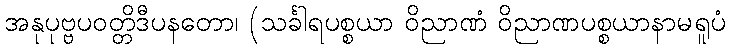
အနုပုဗ္ဗပဝတ္တိဒီပနတော၊ (သင်္ခါရပစ္စယာ ဝိညာဏံ ဝိညာဏပစ္စယာနာမရူပံ